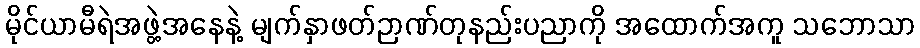
မိုင်ယာမီရဲအဖွဲ့အနေနဲ့ မျက်နှာဖတ်ဉာဏ်တုနည်းပညာကို အထောက်အကူ သဘောသာ